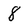
Character: 8